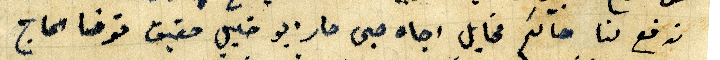
تدفع لنا حالكم مخايل اجاه صبى صار ابو خليل حقيق توفا الحاج